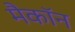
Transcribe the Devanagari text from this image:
मैकॉन